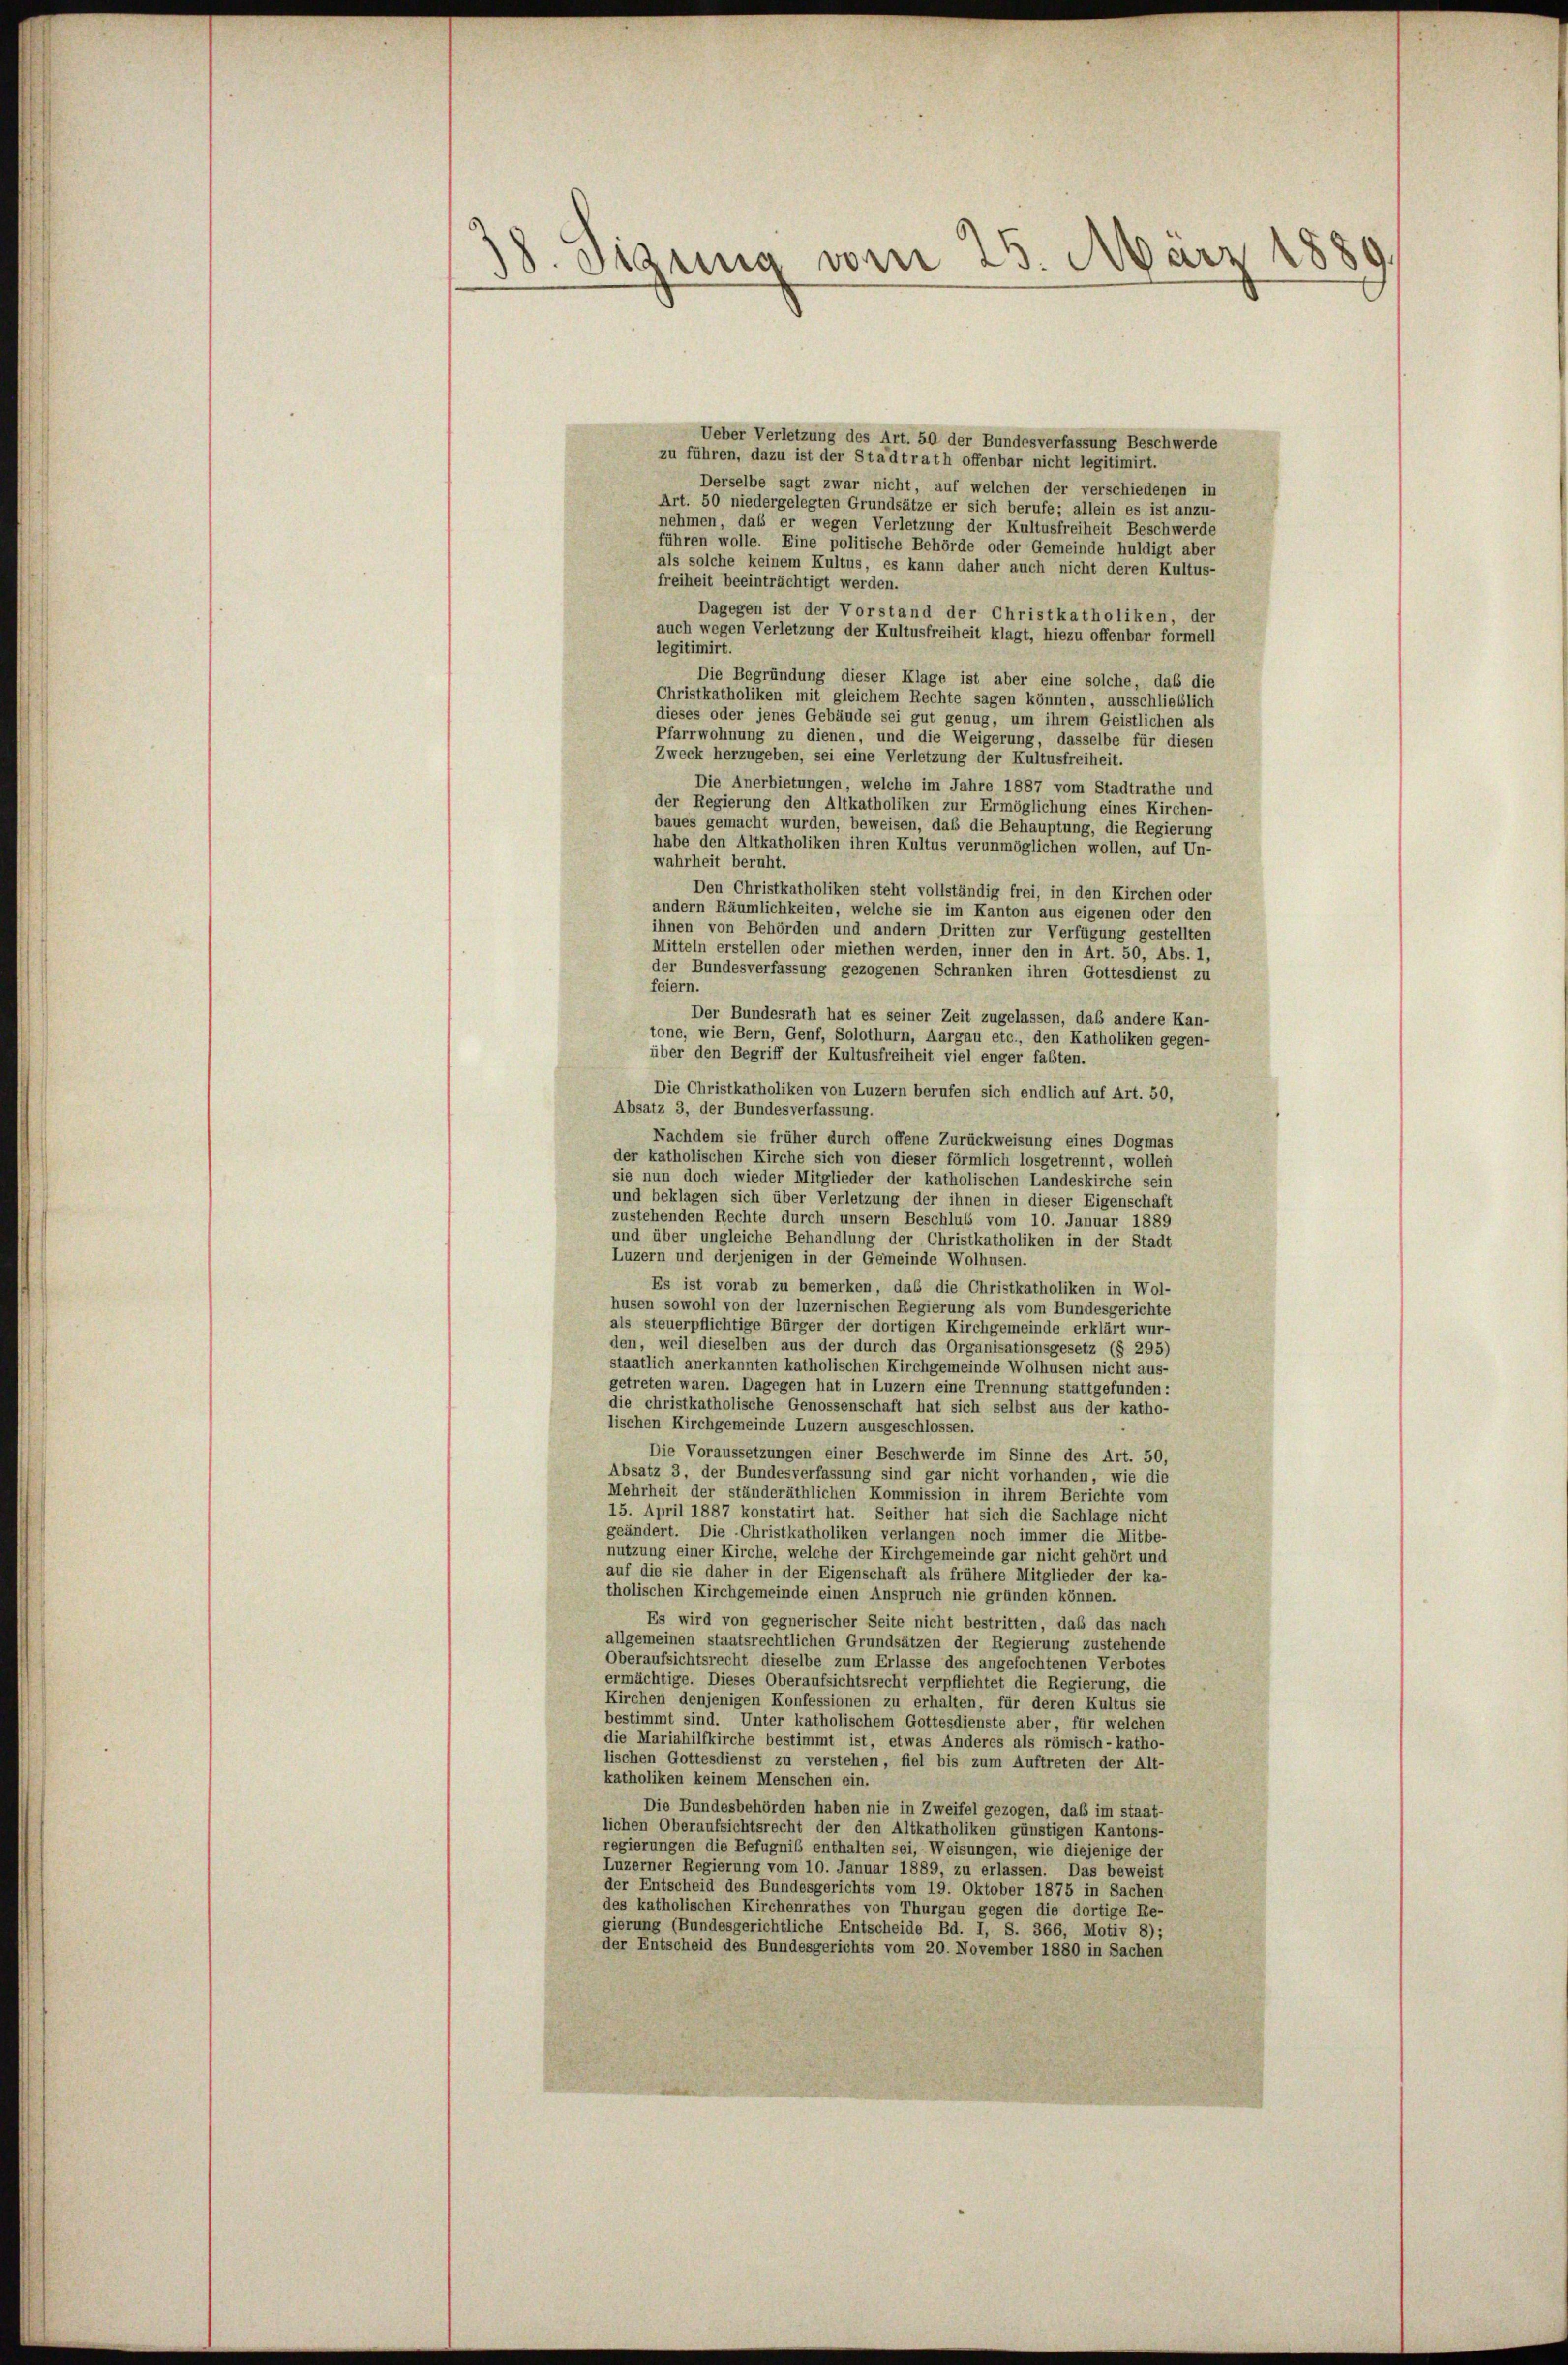
188
10. Sigung vom 23. März

Ueber Verletzung des Art. 50 der Bundesverfassung Beschwerde
zu führen, dazu ist der Stadtrath offenbar nicht legitimirt.
Derselbe sagt zwar nicht, auf welchen der verschiedenen ir
Art. 50 niedergelegten Grundsätze er sich berufe; allein es ist anzu-
nehmen, daß er wegen Verletzung der Kultusfreiheit Beschwerde
führen wolle. Eine politische Behörde oder Gemeinde huldigt aber
als solche keinem Kultus, es kann daher auch nicht deren Kultus-
freiheit beeinträchtigt werden.
Dagegen ist der Vorstand der Christkatholiken, der
auch wegen Verletzung der Kultusfreiheit klagt, hiezu offenbar formell
legitimirt.
Die Begründung dieser Klage ist aber eine solche, daß die
Christkatholiken mit gleichem Rechte sagen könnten, ausschließlich
dieses oder jenes Gebäude sei gut genug, um ihrem Geistlichen als
Pfarrwohnung zu dienen, und die Weigerung, dasselbe für diesen
Zweck herzugeben, sei eine Verletzung der Kultusfreiheit.
Die Anerbietungen, welche im Jahre 1887 vom Stadtrathe und
der Regierung den Altkatholiken zur Ermöglichung eines Kirchen-
baues gemacht wurden, beweisen, daß die Behauptung, die Regierung
habe den Altkatholiken ihren Kultus verunmöglichen wollen, auf Un-
wahrheit beruht.
Den Christkatholiken steht vollständig frei, in den Kirchen oder
andern Räumlichkeiten, welche sie im Kanton aus eigenen oder den
ihnen von Behörden und andern Dritten zur Verfügung gestellten
Mitteln erstellen oder miethen werden, inner den in Art. 50, Abs. 1,
der Bundesverfassung gezogenen Schranken ihren Gottesdienst zu
feiern.
Der Bundesrath hat es seiner Zeit zugelassen, daß andere Kan-
tone, wie Bern, Genf, Solothurn, Aargau etc., den Katholiken gegen-
über den Begriff der Kultusfreiheit viel enger faßten.
Die Christkatholiken von Luzern berufen sich endlich auf Art. 50,
Absatz 3, der Bundesverfassung.
Nachdem sie früher durch offene Zurückweisung eines Dogmas
der katholischen Kirche sich von dieser förmlich losgetrennt, wollen
sie nun doch wieder Mitglieder der katholischen Landeskirche sein
und beklagen sich über Verletzung der ihnen in dieser Eigenschaft
zustehenden Rechte durch unsern Beschluß vom 10. Januar 1889
und über ungleiche Behandlung der Christkatholiken in der Stadt
Luzern und derjenigen in der Gemeinde Wolhusen.
Es ist vorab zu bemerken, das die Christkatholiken in Wol-
husen sowohl von der luzernischen Regierung als vom Bundesgerichte
als steuerpflichtige Bürger der dortigen Kirchgemeinde erklärt wur-
den, weil dieselben aus der durch das Organisationsgesetz (§ 295)
staatlich anerkannten katholischen Kirchgemeinde Wolhusen nicht aus-
getreten waren. Dagegen hat in Luzern eine Trennung stattgefunden:
die christkatholische Genossenschaft hat sich selbst aus der katho-
lischen Kirchgemeinde Luzern ausgeschlossen.
Die Voraussetzungen einer Beschwerde im Sinne des Art. 50,
Absatz 3, der Bundesverfassung sind gar nicht vorhanden, wie die
Mehrheit der ständeräthlichen Kommission in ihrem Berichte vom
15. April 1887 konstatirt hat. Seither hat sich die Sachlage nicht
geändert. Die Christkatholiken verlangen noch immer die Mitbe-
nutzung einer Kirche, welche der Kirchgemeinde gar nicht gehört und
auf die sie daher in der Eigenschaft als frühere Mitglieder der ka-
tholischen Kirchgemeinde einen Anspruch nie gründen können.
Es wird von gegnerischer Seite nicht bestritten, daß das nach
allgemeinen staatsrechtlichen Grundsätzen der Regierung zustehende
Oberaufsichtsrecht dieselbe zum Erlasse des angefochtenen Verbotes
ermächtige. Dieses Oberaufsichtsrecht verpflichtet die Regierung, die
Kirchen denjenigen Konfessionen zu erhalten, für deren Kultus sie
bestimmt sind. Unter katholischem Gottesdienste aber, für welchen
die Mariahilfkirche bestimmt ist, etwas Anderes als römisch-katho-
lischen Gottesdienst zu verstehen, fiel bis zum Auftreten der Alt-
katholiken keinem Menschen ein.
Die Bundesbehörden haben nie in Zweifel gezogen, das im staat-
lichen Oberaufsichtsrecht der den Altkatholiken günstigen Kantons-
regierungen die Befugnis enthalten sei, Weisungen, wie diejenige der
Luzerner Regierung vom 10. Januar 1889, zu erlassen. Das beweist
der Entscheid des Bundesgerichts vom 19. Oktober 1875 in Sacher
des katholischen Kirchenrathes von Thurgau gegen die dortige Re-
gierung (Bundesgerichtliche Entscheide Bd. I, S. 366, Motiv 8);
der Entscheid des Bundesgerichts vom 20. November 1880 in Sachen